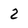
Character: 2